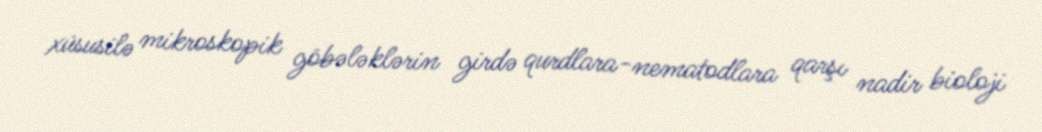
xüsusilə mikroskopik göbələklərin girdə qurdlara-nematodlara qarşı nadir bioloji